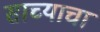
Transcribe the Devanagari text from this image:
साच्याचा